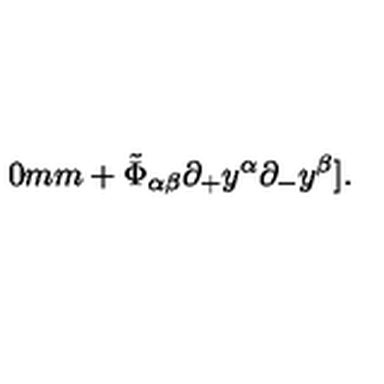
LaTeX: \hspace { 2 0 m m } + \tilde { \Phi } _ { \alpha \beta } { \partial _ { + } } y ^ { \alpha } { \partial _ { - } } y ^ { \beta } ] .